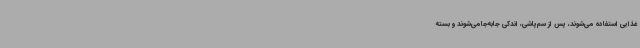
غذایی استفاده می‌شوند، پس از سم‌پاشی، اندکی جابه‌جامی‌شوند و بسته